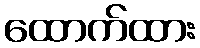
ထောက်ထား